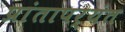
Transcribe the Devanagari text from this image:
प्रांतापर्यंत